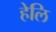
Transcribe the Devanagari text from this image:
हेलि